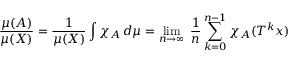
{ \frac { \mu ( A ) } { \mu ( X ) } } = { \frac { 1 } { \mu ( X ) } } \int \chi _ { A } \, d \mu = \operatorname* { l i m } _ { n \rightarrow \infty } \; { \frac { 1 } { n } } \sum _ { k = 0 } ^ { n - 1 } \chi _ { A } ( T ^ { k } x )